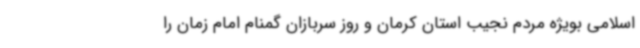
اسلامی بویژه مردم نجیب استان کرمان و روز سربازان گمنام امام زمان را